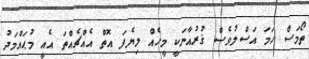
ތޯމަސް ހަމަ އަސްލުވެސް ޤުރުއާނަކީ މީހެއް ލިޔެފަ އޮތް އެއްޗެއްތަ އެއީ މުޙައްމަދު